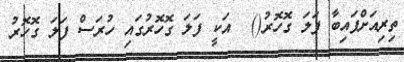
ތިރިއަށްފައިބާ ފަލަ ގޮހޮރު()  އަކީ ފަލަ ގޮހޮރުގައި ހުރަސް ފަލަ ގޮހޮރު